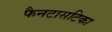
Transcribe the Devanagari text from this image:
फैनटासटिका